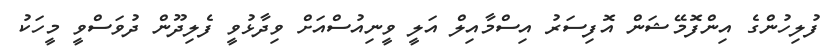
ފުލިހުންގެ އިންފޮމޭޝަން އޮފިސަރު އިސްމާއިލް އަލީ ވީނިއުސްއަށް ވިދާޅުވީ ފެލިދޫން ދުވަސްވީ މީހަކު